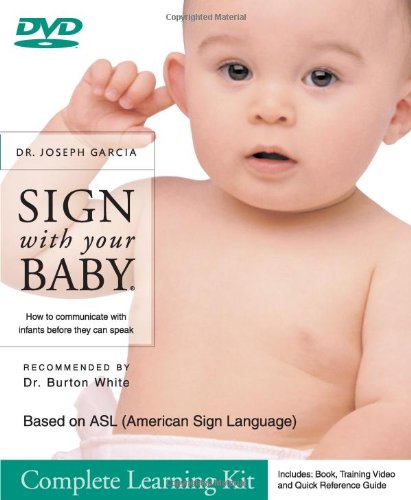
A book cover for SIGN with your BABY - Quick Start Baby Sign Language (ASL) Kit: Includes Book, How-to DVD, Quick Reference Guide; Dr. Joseph Garcia; Parenting & Relationships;